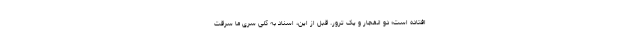
افتاده است؛ دو انفجار و یک ترور. قبل از این، اسناد به کلی سری ما سرقت